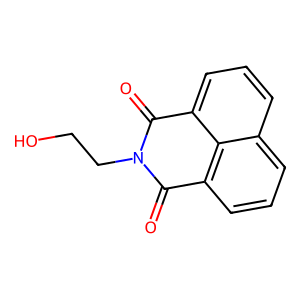
SMILES: O=C1c2cccc3cccc(c23)C(=O)N1CCO
Inhibits HIV replication: No